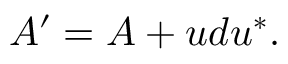
A ^ { \prime } = A + u d u ^ { * } .